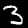
Digit: 3